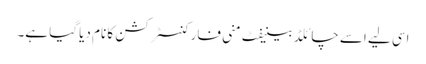
اسی لیے اسے چائلڈ بینیفٹ منی فار کنسٹرکشن کا نام دیا گیا ہے۔